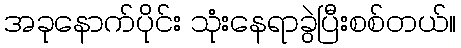
အခုနောက်ပိုင်း သုံးနေရာခွဲပြီးစစ်တယ်။